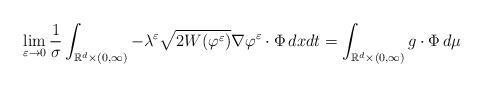
LaTeX: \begin{align*}&\lim _{\varepsilon \to 0} \frac{1}{\sigma}\int _{\mathbb{R}^d \times (0,\infty)} -\lambda ^\varepsilon \sqrt{2W(\varphi^\varepsilon)}\nabla\varphi^\varepsilon \cdot \Phi \, dxdt = \int _{\mathbb{R}^d \times (0,\infty)} g \cdot \Phi \, d\mu\end{align*}